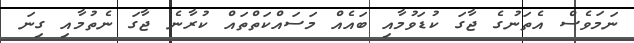
ނަމަވެސް އެތަނުގެ ޖާގަ ކުޑަވުމާއި ބައެއް މަސައްކަތްތައް ކުރާނެ ޖާގަ ނެތުމާއި ގިނަ